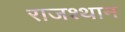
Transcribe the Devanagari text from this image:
राजश्थान